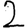
Digit: 2